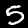
Digit: 5